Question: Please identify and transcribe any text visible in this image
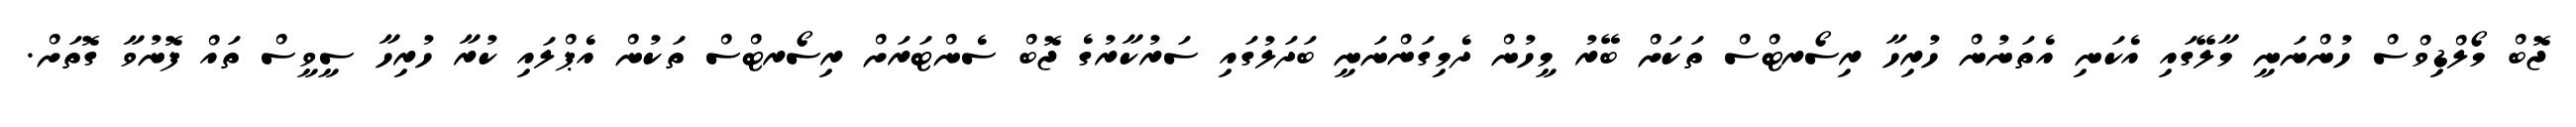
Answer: ޖޮބް މޯލްޑިވްސް ހުންނަނީ މާލޭގައި އެކަނި އެތަނުން ހުރިހާ ރިސޯރޓްސް ތަކަށް ބޭރު މީހުން ދެމިގަންނަނީ ބަދަލުގައި ސަރުކާރުގެ ޖޮބް ސެންޓަރަށް ރިސޯރޓްސް ތަކުން އެޕްލައި ކުރާ ހުރިހާ ސީވީސް ތައް ފޮނުވާ ގޮތަށް.